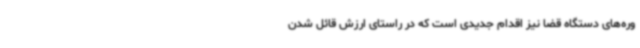
وره‌های دستگاه قضا نیز اقدام جدیدی است که در راستای ارزش قائل شدن